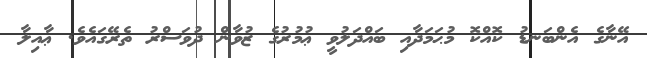
އޭނާގެ އެންބަނޑު ކޮއްކޮ މުޙަމަދާއި ބައްދަލުވީ ޢުމުރުގެ ޒުވާން ދުވަސްރު ތެރޭގައެވެ. ޢާއިލާ